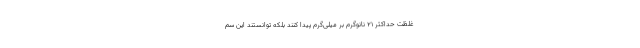
غلظت حداکثر ۲۱ نانوگرم بر میلی‌گرم پیدا کنند بلکه توانستند این سم